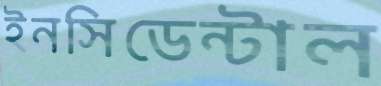
ইনসিডেন্টাল